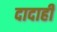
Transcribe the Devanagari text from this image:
दादाही